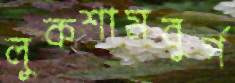
লুকশামবুর্গ